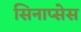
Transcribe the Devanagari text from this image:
सिनाप्सेस